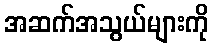
အဆက်အသွယ်များကို